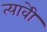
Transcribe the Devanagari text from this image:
त्यावेी